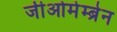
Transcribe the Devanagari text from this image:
जीओमेम्ब्रेन